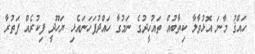
ހައްޤު މާނަ އޮޅުވާލާ ކިތާބުއް ތައުހީދުގެ ނަމުގާ ހައްދުފަހަނައެޅި ޔަހޫދީ ފިކުރެއް ފަތުރާ